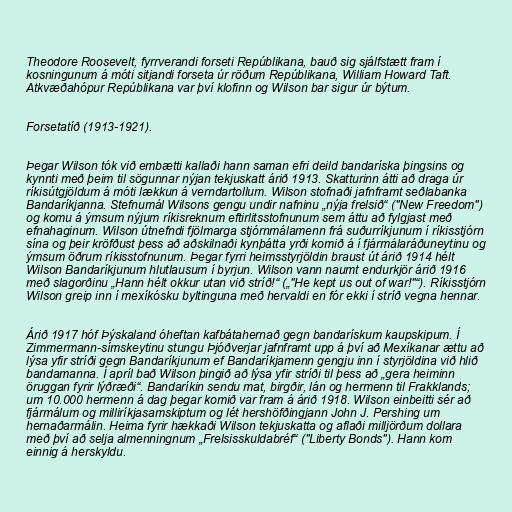
Theodore Roosevelt, fyrrverandi forseti Repúblikana, bauð sig sjálfstætt fram í
kosningunum á móti sitjandi forseta úr röðum Repúblikana, William Howard Taft.
Atkvæðahópur Repúblikana var því klofinn og Wilson bar sigur úr býtum.

Forsetatíð (1913-1921).

Þegar Wilson tók við embætti kallaði hann saman efri deild bandaríska þingsins og
kynnti með þeim til sögunnar nýjan tekjuskatt árið 1913. Skatturinn átti að draga úr
ríkisútgjöldum á móti lækkun á verndartollum. Wilson stofnaði jafnframt seðlabanka
Bandaríkjanna. Stefnumál Wilsons gengu undir nafninu „nýja frelsið“ ("New Freedom")
og komu á ýmsum nýjum ríkisreknum eftirlitsstofnunum sem áttu að fylgjast með
efnahaginum. Wilson útnefndi fjölmarga stjórnmálamenn frá suðurríkjunum í ríkisstjórn
sína og þeir kröfðust þess að aðskilnaði kynþátta yrði komið á í fjármálaráðuneytinu og
ýmsum öðrum ríkisstofnunum. Þegar fyrri heimsstyrjöldin braust út árið 1914 hélt
Wilson Bandaríkjunum hlutlausum í byrjun. Wilson vann naumt endurkjör árið 1916
með slagorðinu „Hann hélt okkur utan við stríð!“ („"He kept us out of war!"“). Ríkisstjórn
Wilson greip inn í mexíkósku byltinguna með hervaldi en fór ekki í stríð vegna hennar.

Árið 1917 hóf Þýskaland óheftan kafbátahernað gegn bandarískum kaupskipum. Í
Zimmermann-símskeytinu stungu Þjóðverjar jafnframt upp á því að Mexíkanar ættu að
lýsa yfir stríði gegn Bandaríkjunum ef Bandaríkjamenn gengju inn í styrjöldina við hlið
bandamanna. Í apríl bað Wilson þingið að lýsa yfir stríði til þess að „gera heiminn
öruggan fyrir lýðræði“. Bandaríkin sendu mat, birgðir, lán og hermenn til Frakklands;
um 10.000 hermenn á dag þegar komið var fram á árið 1918. Wilson einbeitti sér að
fjármálum og milliríkjasamskiptum og lét hershöfðingjann John J. Pershing um
hernaðarmálin. Heima fyrir hækkaði Wilson tekjuskatta og aflaði milljörðum dollara
með því að selja almenningnum „Frelsisskuldabréf“ ("Liberty Bonds"). Hann kom
einnig á herskyldu.